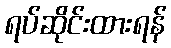
ရပ်ဆိုင်းထားရန်